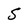
Character: S